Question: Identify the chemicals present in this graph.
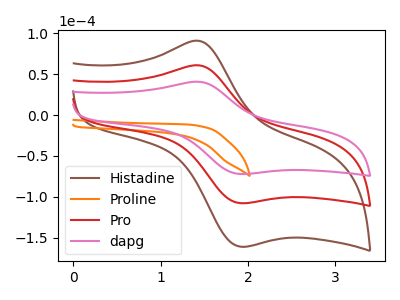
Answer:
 <answer>The brown curve is labeled "Histadine". The orange curve is labeled "Proline". The red curve is labeled "Pro". The pink curve is labeled "dapg".</answer>
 <eval></eval>